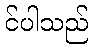
င်ပါသည်